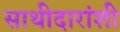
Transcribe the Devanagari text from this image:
साथीदारांशी